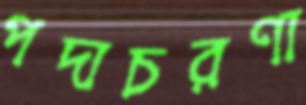
পদাচরণা